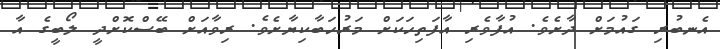
އެނބުރި ގައުމަށް ދާށެވެ. އުފާވެރި އާފަތިހަކަށް މަރުހަބާކިޔާށެވެ. ރިވާއަށް ބޭސްކޮށްދީ ލޯބީގެ އާ